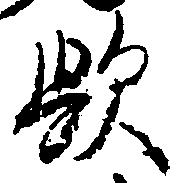
歟